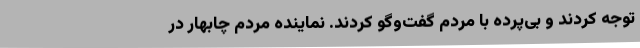
توجه کردند و بی‌پرده با مردم گفت‌وگو کردند. نماینده مردم چابهار در